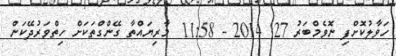
ހަވާލުކޮށްފި ނޮވެމްބަރު 27